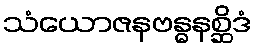
သံယောဇနဗန္ဓနစ္ဆိဒံ